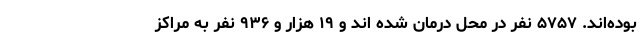
بوده‌اند. ۵۷۵۷ نفر در محل درمان شده اند و ۱۹ هزار و ۹۳۶ نفر به مراکز